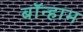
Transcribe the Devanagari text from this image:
बॉन्हाम